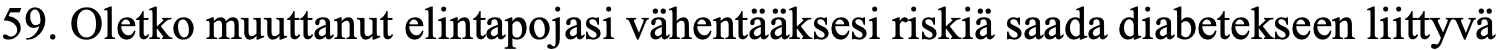
59. Oletko muuttanut elintapojasi vähentääksesi riskiä saada diabetekseen liittyvä